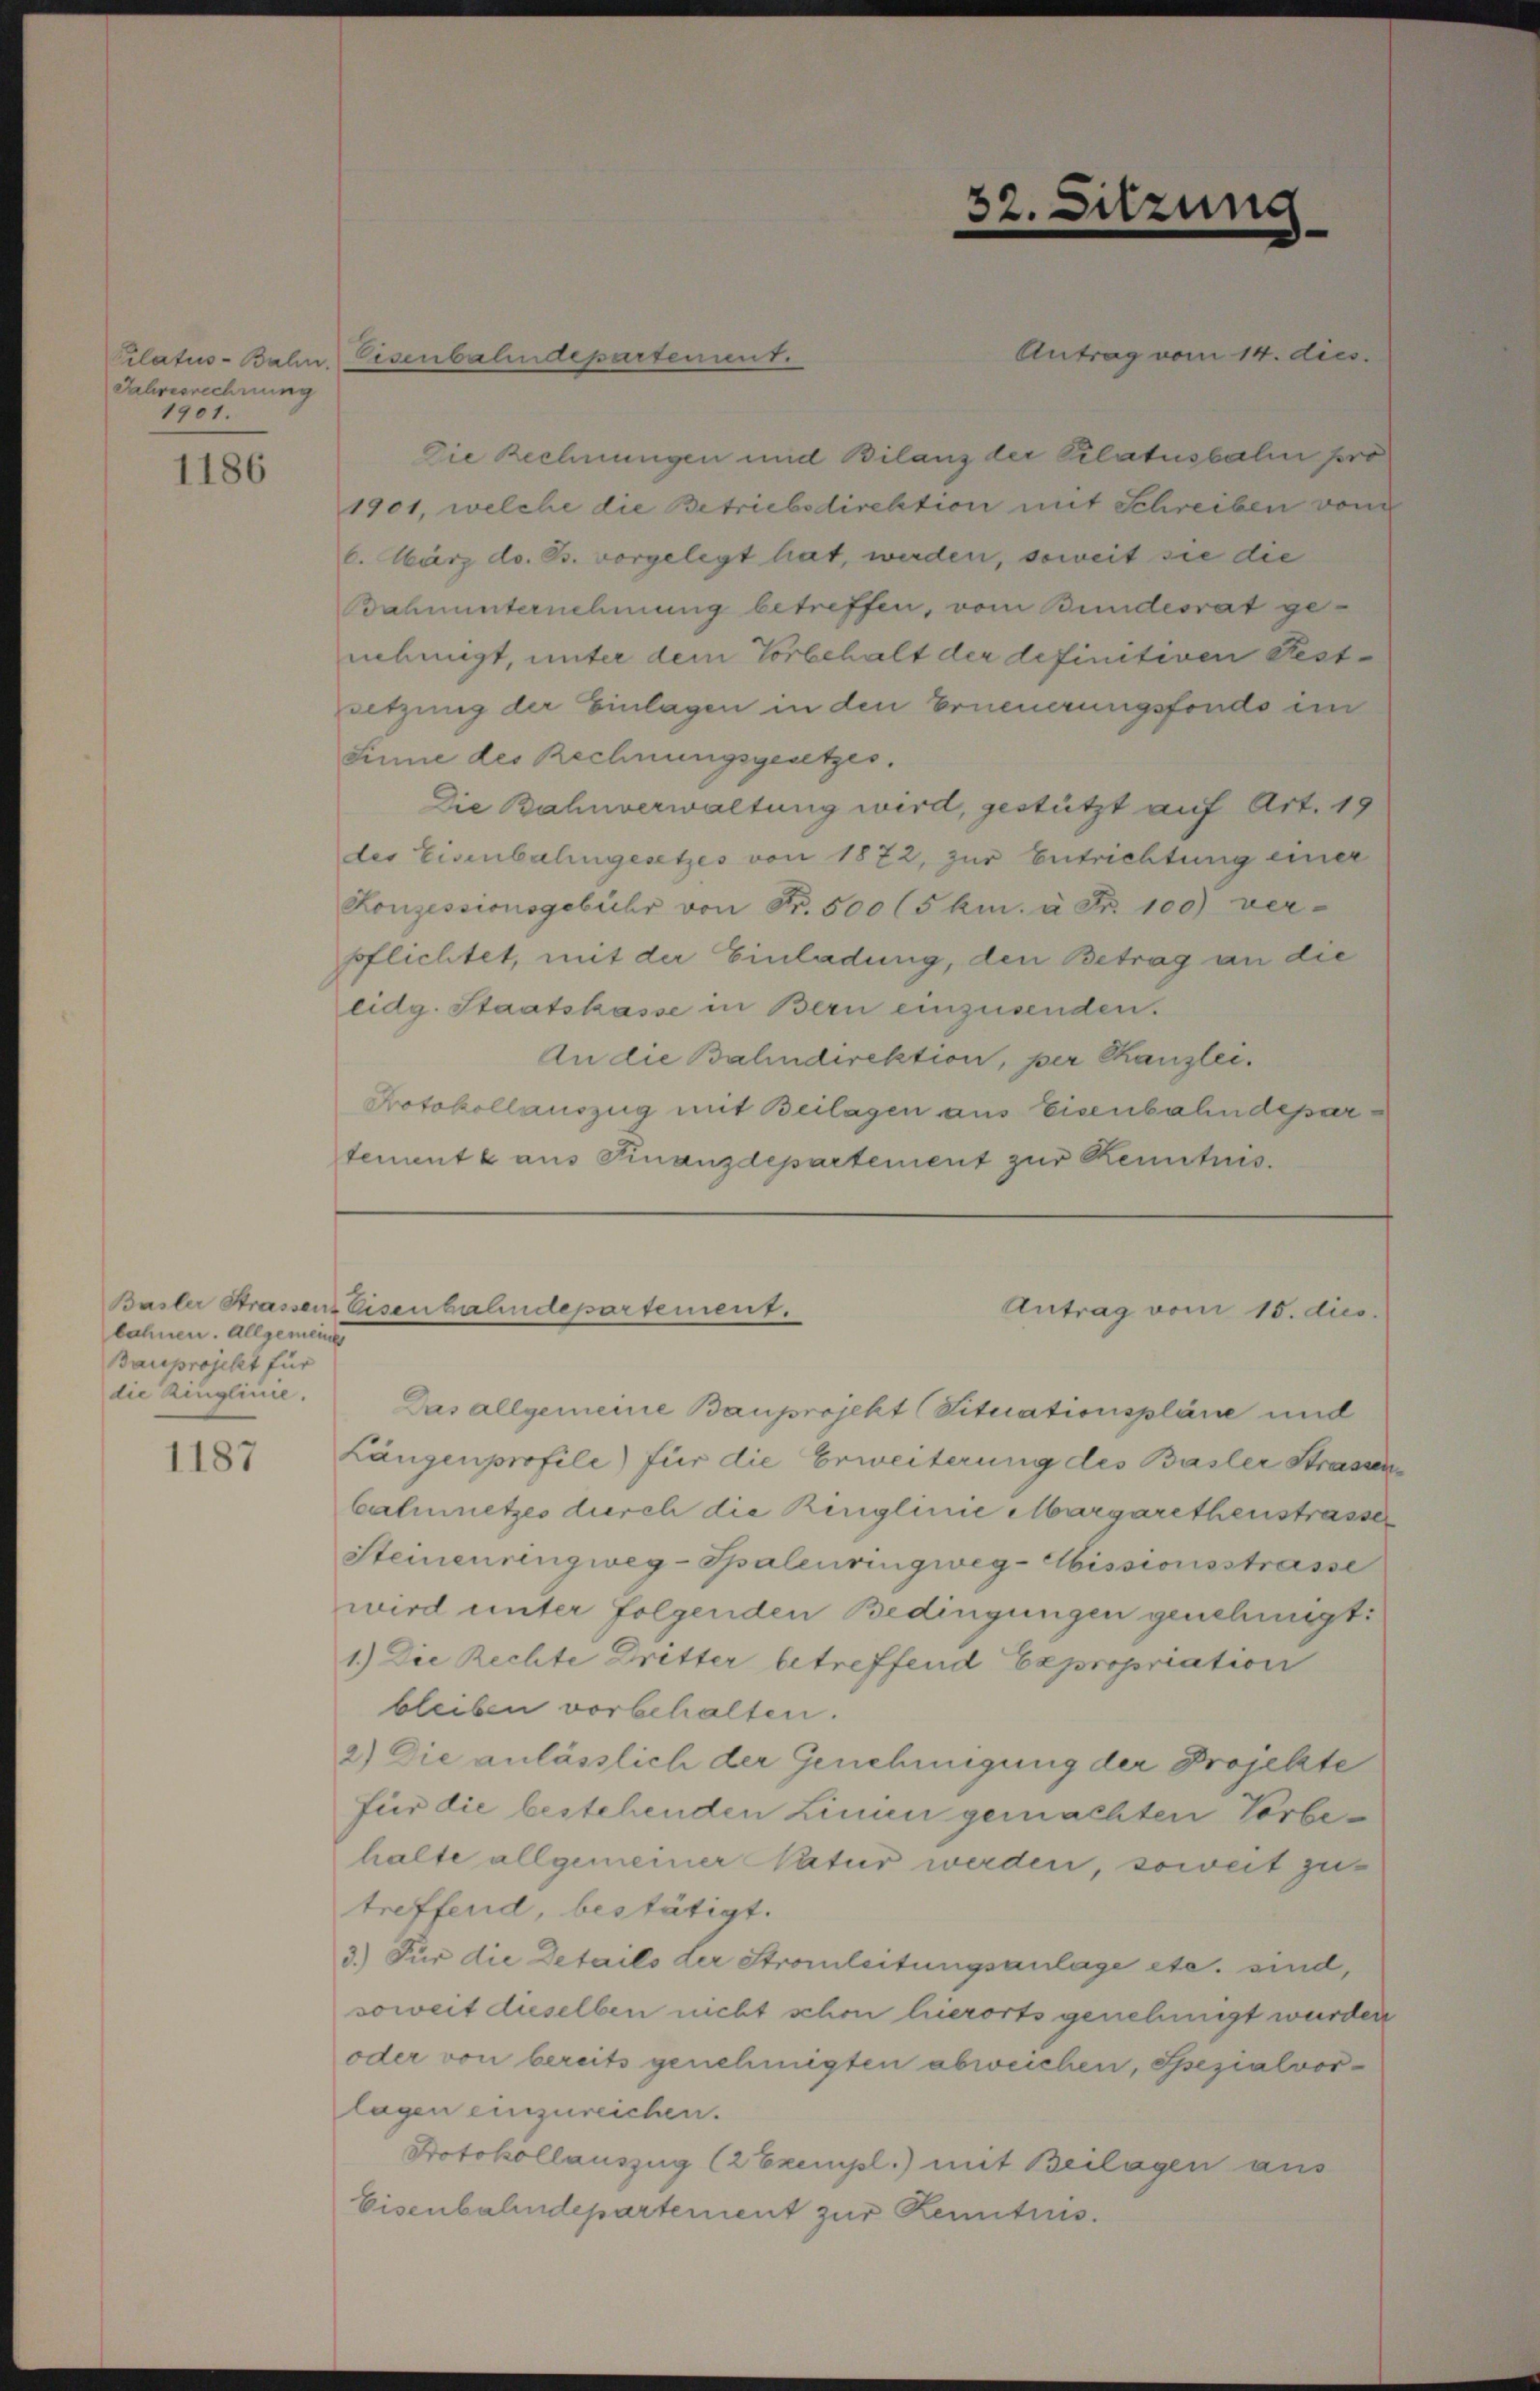
Jahresrechnung
1901.

1186

Basler Strassen. E
lahnen. Allgemeiner
Bauprojekt für
die Ringlinie.

1187

Antrag vom 14. dies
Die Rechnungen und Bilanz der Pilatuskalen pro
1901, welche die Betriebsdirektion mit Schreiben von
6. März do. Bs. vorgelegt hat, werden, soweit sie die
Bahnunternehmung betreffen, vom Bundesrat genehmigt, unter dem Vorbehalt der definitiven Festsetzung der Einlagen in den Erneuerungsfondo ein
Sinne des Rechnungsgesetzes.
Die Bahnverwaltung wird, gestützt auf Art. 19
des Eisenbahngesetzes von 1872, zur Entrichtung einer
Konzessionsgebühr von Fr. 500 (5 km. à Fr. 100) ver-
pflichtet, mit der Einladung, den Betrag an die
eidg. Staatskasse in Bern einzusenden.
An die Bahndirektion, per Kanzlei.
Protokollauszug mit Beilagen aus Eisenbahndepartemente aus Finanzdepartement zur Kenntnis.

Pilati-Bahn, Eisenbahndepartement.

Das allgemeine Bauprojekt (Situationspläne und
Längenprofile) für die Erweiterung des Basler Strassen
Calinetzes durch die Renglinie Margarethenstrasse
Steinenrengweg-Spalenringweg-Abissionsstrasse
wird unter folgenden Bedingungen genehmigt:
1.) Die Rechte Dritter betreffend Expropriation
bleiben vorbehalten.
2.) Die anlässlich der Genehmigung der Projekte
für die bestehenden Linien gemachten Vorbehalte allgemeiner Natur werden, soweit zu
treffend, bestätigt.
3.) Für die Details der Strauleitungsanlage etc. sind,
soweit dieselben nicht schon hierorts genehmigt wurden
oder von bereits genehmigten abweichen, Spezialvorlagen einzureichen.
Protokollauszug (2 Exempl.) mit Beilagen aus
Eisenbahndepartement zur Kenntnis.

32.

sitzung

Esenbahndepartement.
Antrag vom 15. dies